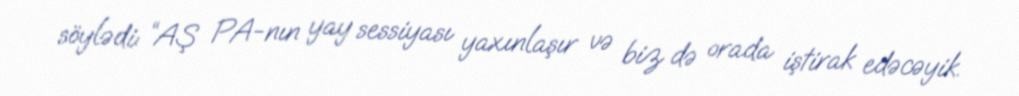
söylədi: “AŞ PA-nın yay sessiyası yaxınlaşır və biz də orada iştirak edəcəyik.